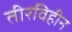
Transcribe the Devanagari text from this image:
तीरविहीन